Civil Veterinary Dept. Assam report 1911-1927 - 1911-1927
Year: 1911
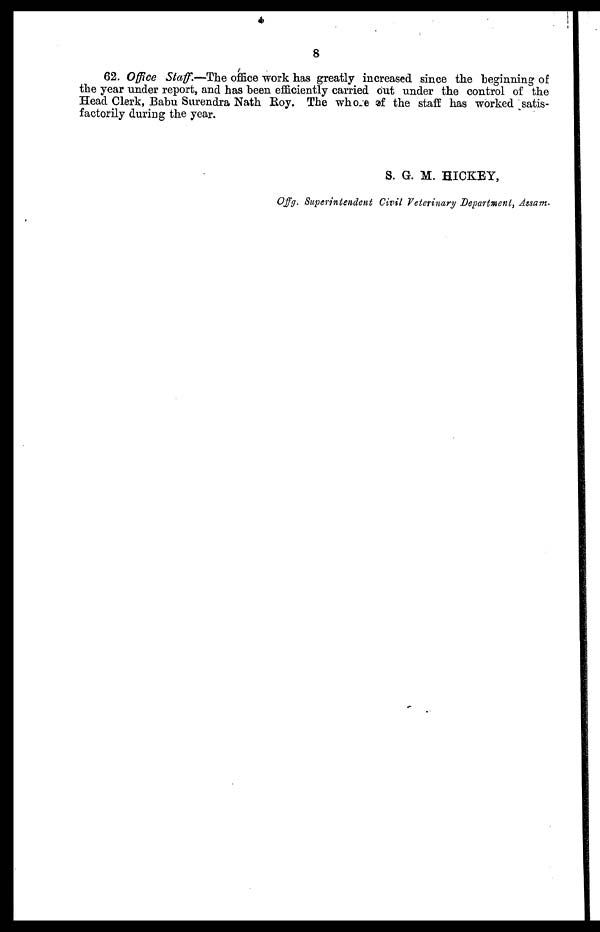
8
62. Office Staff.—The office work has greatly increased since the beginning of
the year under report, and has been efficiently carried out under the control of the
Head Clerk, Babu Surendra Nath Roy. The whose of the staff has worked satis-
factorily during the year.
S. G. M. HICKEY,
Offg. Superintendent Civil Veterinary Department, Assam.